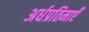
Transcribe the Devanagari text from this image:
अर्धप्रतिमाएँ